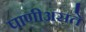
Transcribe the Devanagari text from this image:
पाणीअसते